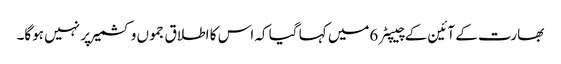
بھارت کے آئین کے چیپٹر 6میں کہا گیا کہ اس کا اطلاق جموں وکشمیر پر نہیں ہوگا۔